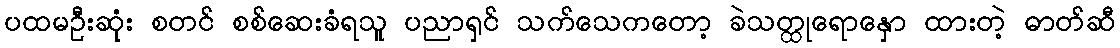
ပထမဦးဆုံး စတင် စစ်ဆေးခံရသူ ပညာရှင် သက်သေကတော့ ခဲသတ္ထုရောနှော ထားတဲ့ ဓာတ်ဆီ